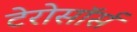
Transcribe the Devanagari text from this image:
टेरोसॉर्स